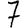
Digit: 7